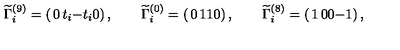
\widetilde { \Gamma } _ { i } ^ { ( 9 ) } = \left( \begin{matrix} { 0 } & { t _ { i } } \\ { - t _ { i } } & { 0 } \\ \end{matrix} \right) , \qquad \widetilde { \Gamma } _ { i } ^ { ( 0 ) } = \left( \begin{matrix} { 0 } & { 1 } \\ { 1 } & { 0 } \\ \end{matrix} \right) , \qquad \widetilde { \Gamma } _ { i } ^ { ( 8 ) } = \left( \begin{matrix} { 1 } & { 0 } \\ { 0 } & { - 1 } \\ \end{matrix} \right) ,